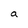
Character: a